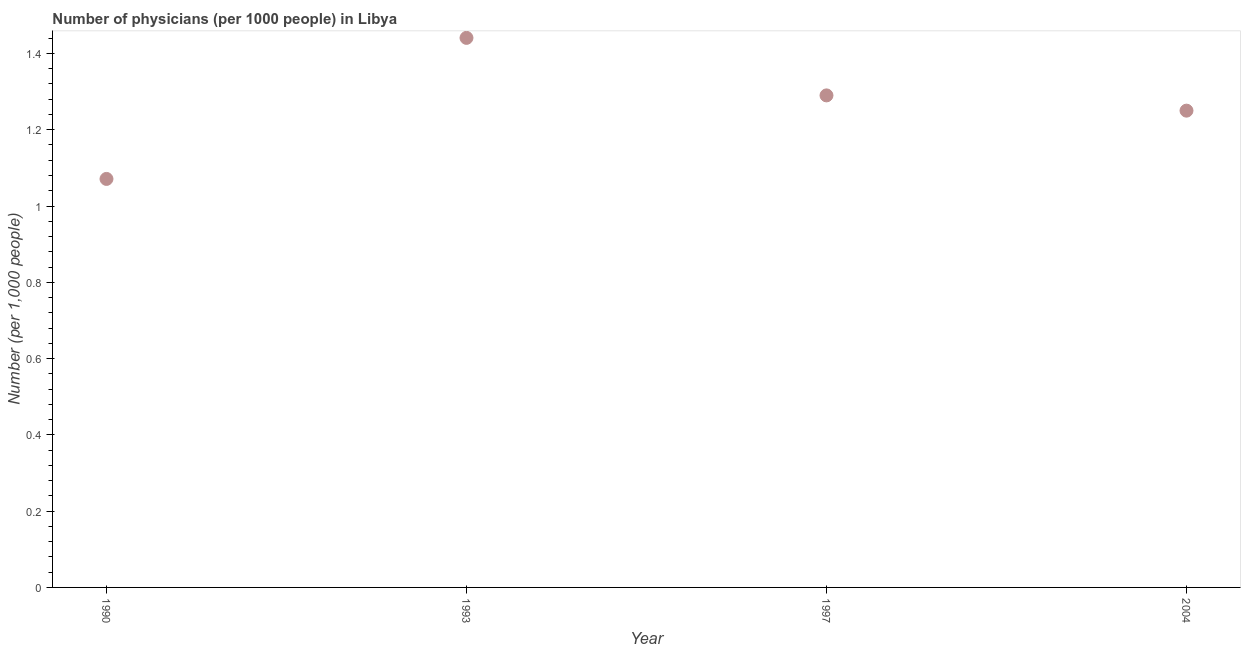
| Year | Physicians |
 | --- | --- |
 | 1990 | 1.07 |
 | 1993 | 1.44 |
 | 1997 | 1.29 |
 | 2004 | 1.25 |